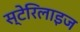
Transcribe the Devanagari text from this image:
स्टेरिलाइज